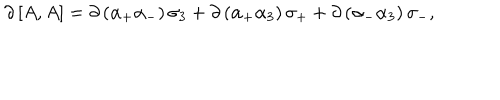
\partial \, \lbrack A , A \rbrack = \partial \, ( \alpha _ { + } \alpha _ { - } ) \, \sigma _ { 3 } + \partial \, ( \alpha _ { + } \alpha _ { 3 } ) \, \sigma _ { + } + \partial \, ( \alpha _ { - } \alpha _ { 3 } ) \, \sigma _ { - } ,